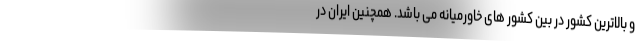
و بالاترین کشور در بین کشور های خاورمیانه می باشد. همچنین ایران در